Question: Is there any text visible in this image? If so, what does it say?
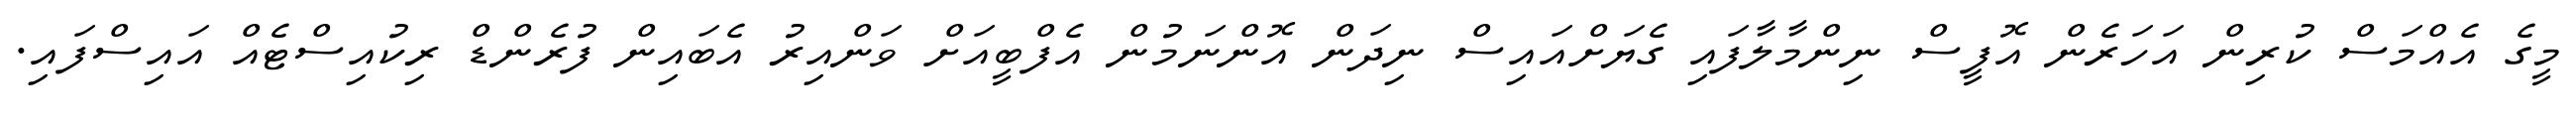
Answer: މީގެ އެއްމަސް ކުރިން އަހަރެން އޮފީސް ނިންމާލާފައި ގެޔަށްއައިސް ނިދަން އޮންނަމުން އެފްބީއަށް ވަންއިރު އެބައިން ފުރެންޑް ރިކުއިސްޓެއް އައިސްފައި.